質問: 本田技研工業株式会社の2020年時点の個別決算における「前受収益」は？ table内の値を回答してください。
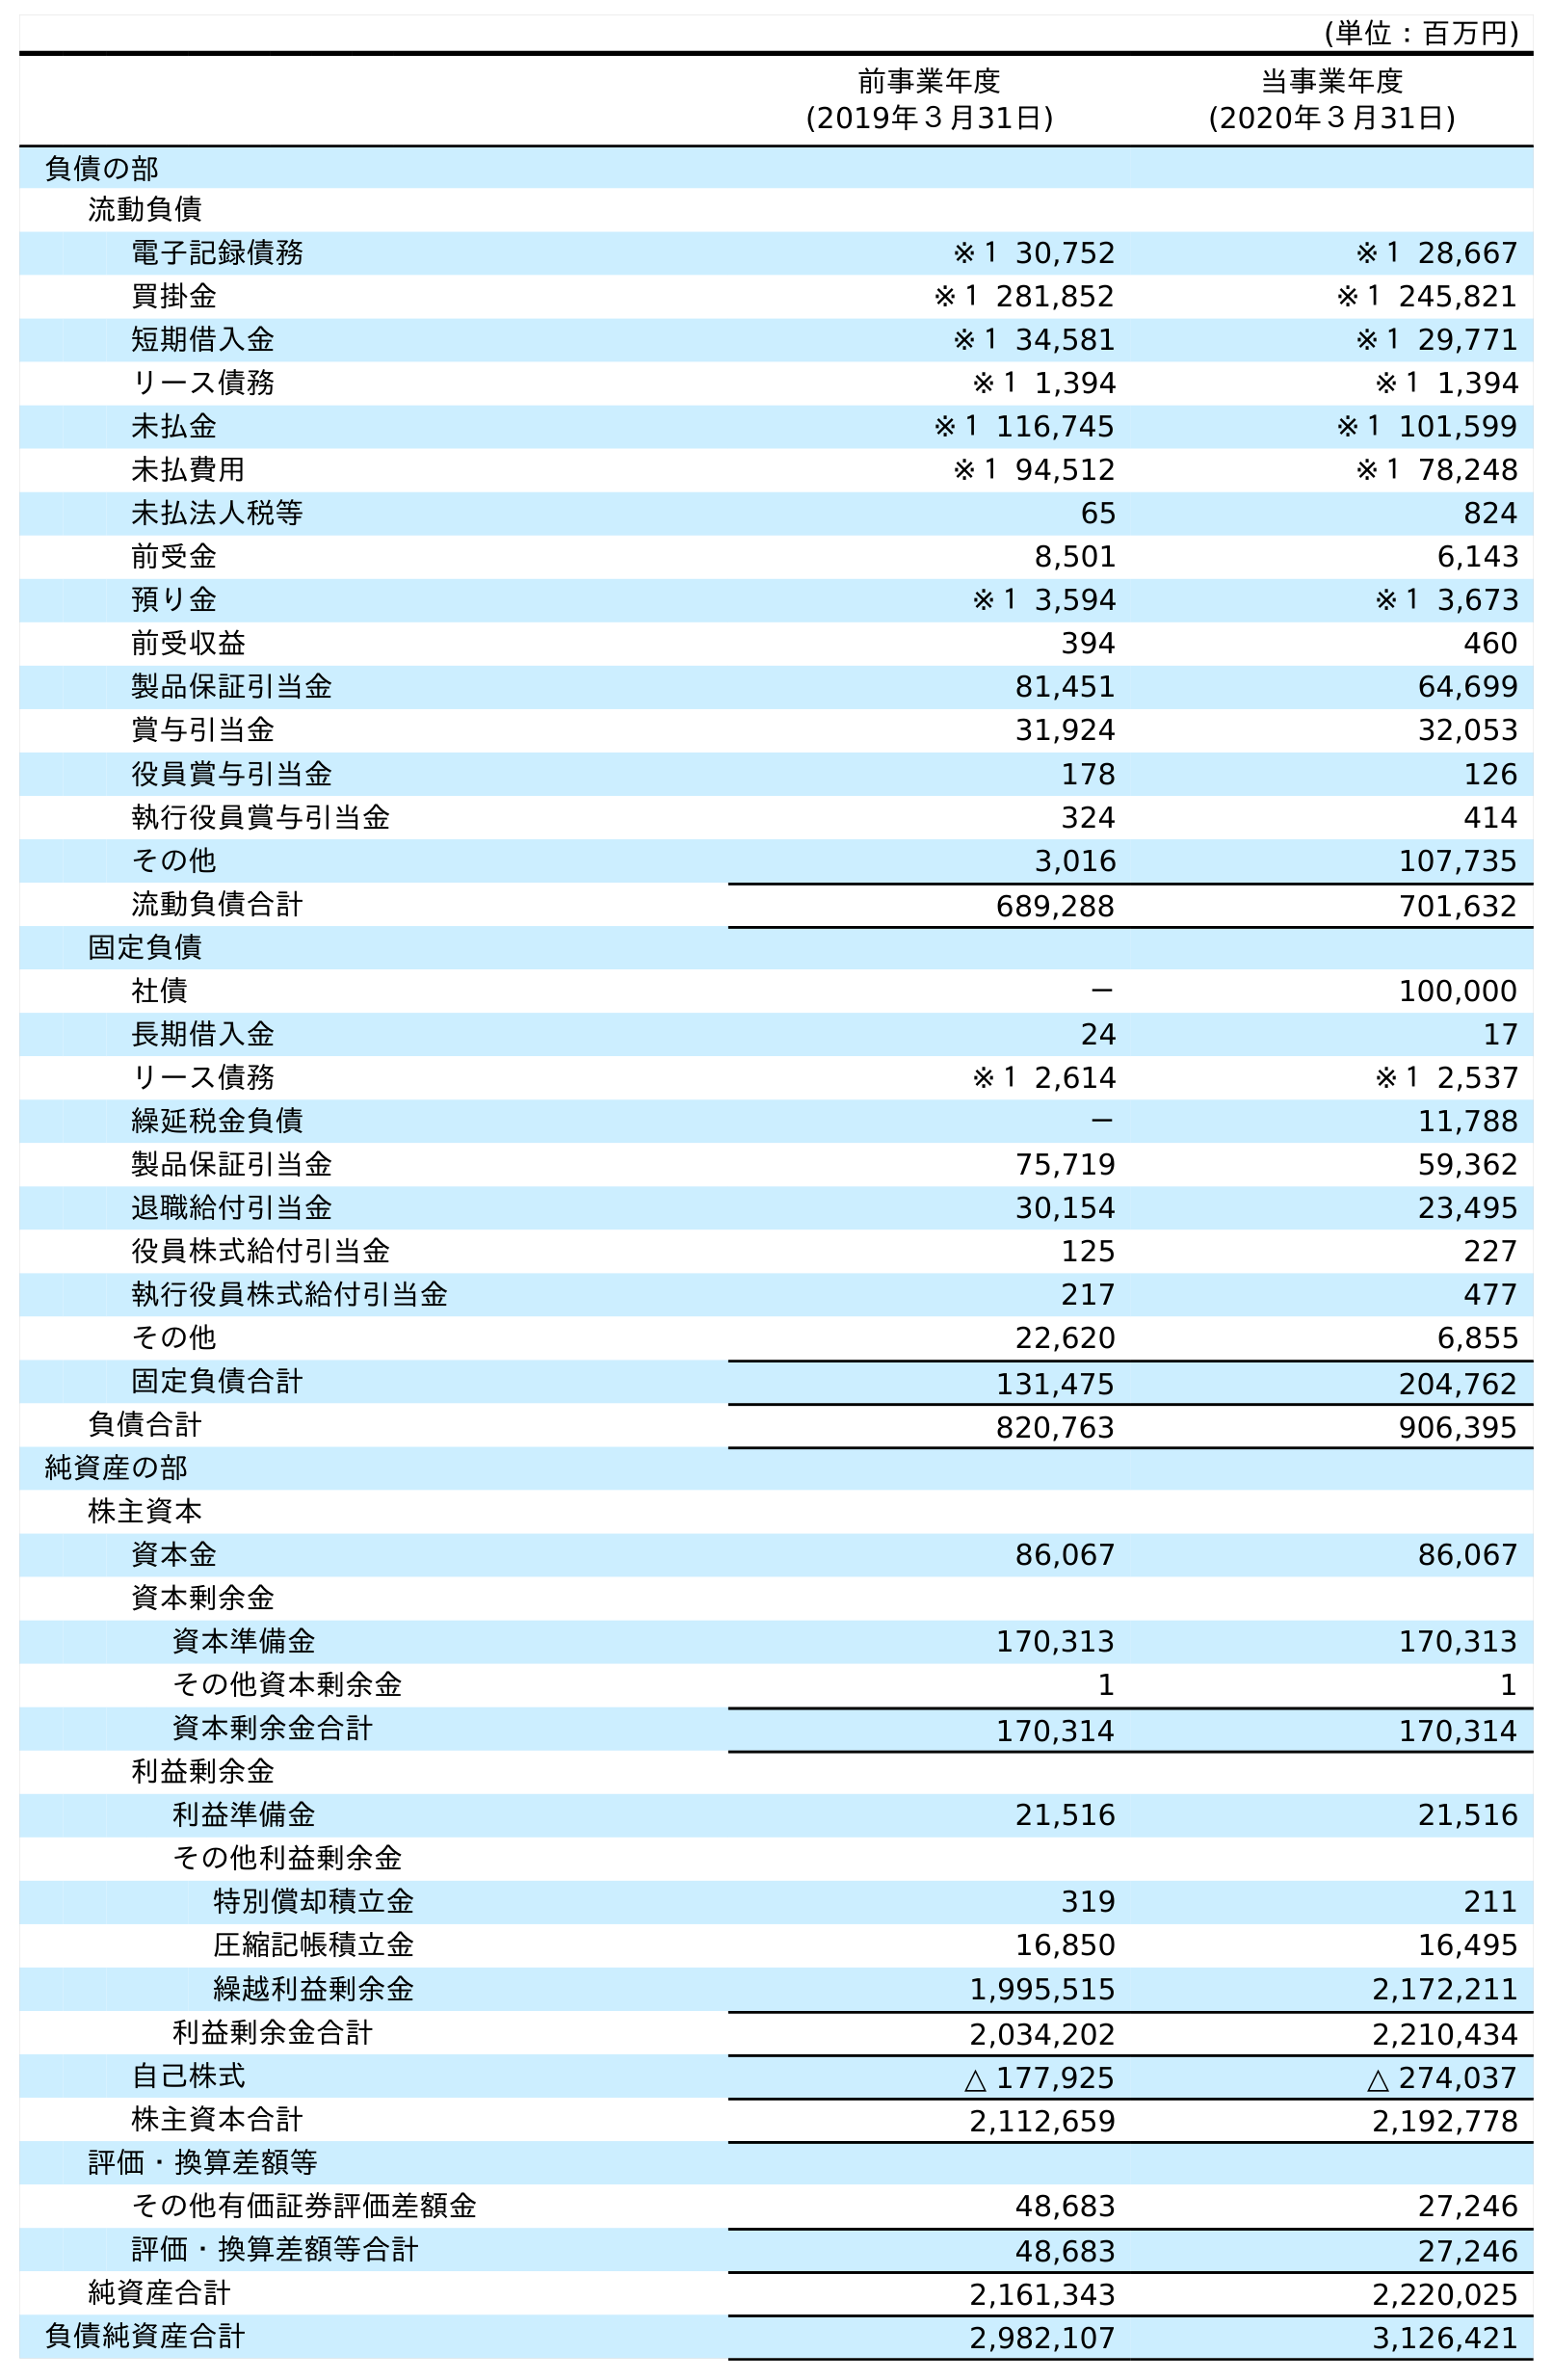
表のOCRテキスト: (単位：百万円) 前事業年度 (2019年３月31日) 当事業年度 (2020年３月31日) 負債の部 流動負債 電子記録債務 ※１ 30,752 ※１ 28,667 買掛金 ※１ 281,852 ※１ 245,821 短期借入金 ※１ 34,581 ※１ 29,771 リース債務 ※１ 1,394 ※１ 1,394 未払金 ※１ 116,745 ※１ 101,599 未払費用 ※１ 94,512 ※１ 78,248 未払法人税等 65 824 前受金 8,501 6,143 預り金 ※１ 3,594 ※１ 3,673 前受収益 394 460 製品保証引当金 81,451 64,699 賞与引当金 31,924 32,053 役員賞与引当金 178 126 執行役員賞与引当金 324 414 その他 3,016 107,735 流動負債合計 689,288 701,632 固定負債 社債 － 100,000 長期借入金 24 17 リース債務 ※１ 2,614 ※１ 2,537 繰延税金負債 － 11,788 製品保証引当金 75,719 59,362 退職給付引当金 30,154 23,495 役員株式給付引当金 125 227 執行役員株式給付引当金 217 477 その他 22,620 6,855 固定負債合計 131,475 204,762 負債合計 820,763 906,395 純資産の部 株主資本 資本金 86,067 86,067 資本剰余金 資本準備金 170,313 170,313 その他資本剰余金 1 1 資本剰余金合計 170,314 170,314 利益剰余金 利益準備金 21,516 21,516 その他利益剰余金 特別償却積立金 319 211 圧縮記帳積立金 16,850 16,495 繰越利益剰余金 1,995,515 2,172,211 利益剰余金合計 2,034,202 2,210,434 自己株式 △ 177,925 △ 274,037 株主資本合計 2,112,659 2,192,778 評価・換算差額等 その他有価証券評価差額金 48,683 27,246 評価・換算差額等合計 48,683 27,246 純資産合計 2,161,343 2,220,025 負債純資産合計 2,982,107 3,126,421
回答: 460